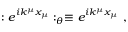
: e ^ { i k ^ { \mu } x _ { \mu } } : _ { \theta } \equiv e ^ { i k ^ { \mu } x _ { \mu } } ~ ,